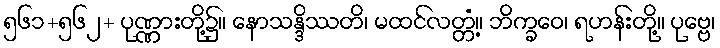
၅၆၁+၅၆၂+ ပုဏ္ဏားတို့၌။ နောသန္ဒိဿတိ၊ မထင်လတ္တံ့။ ဘိက္ခဝေ၊ ရဟန်းတို့။ ပုဗ္ဗေ၊